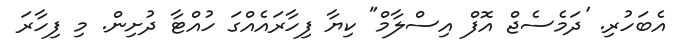
އެބަހުރި. 'ދަމެސެޖް އޮފް އިސްލާމް" ކިޔާ ފިހާރައެއްގަ ހުއްޓާ ދުށިން. މި ފިހާރަ